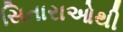
સિતારાઓથી